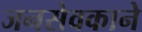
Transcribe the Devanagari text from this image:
जनसेवकाने